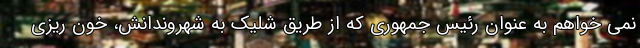
نمی خواهم به عنوان رئیس جمهوری که از طریق شلیک به شهروندانش، خون ریزی